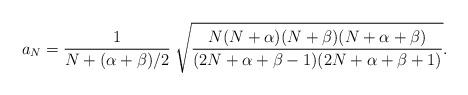
LaTeX: \begin{align*}a_N={1\over N+(\alpha+\beta)/2}\>\sqrt{{N(N+\alpha)(N+\beta)(N+\alpha+\beta)\over (2N+\alpha+\beta-1)(2N+\alpha+\beta+1)}}.\end{align*}